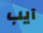
آيب